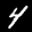
Label: 4